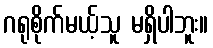
ဂရုစိုက်မယ့်သူ မရှိပါဘူး။